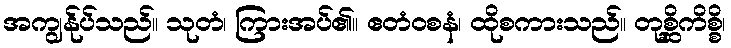
အကျွန်ုပ်သည်။ သုတံ၊ ကြားအပ်၏။ ဧတံဝစနံ၊ ထိုစကားသည်။ တုစ္ဆိကိစ္စိ၊